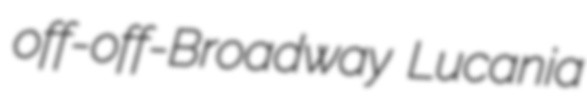
off-off-Broadway Lucania